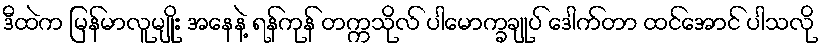
ဒီထဲက မြန်မာလူမျိုး အနေနဲ့ ရန်ကုန် တက္ကသိုလ် ပါမောက္ခချုပ် ဒေါက်တာ ထင်အောင် ပါသလို